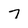
Character: 7